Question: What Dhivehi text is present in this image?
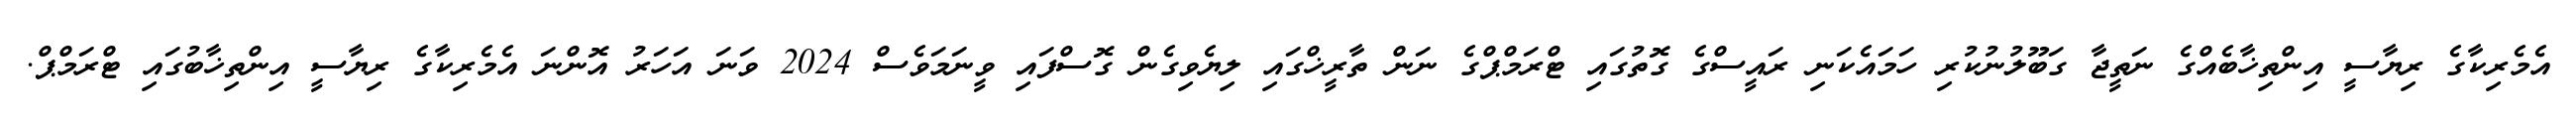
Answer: އެމެރިކާގެ ރިޔާސީ އިންތިޚާބެއްގެ ނަތީޖާ ގަބޫލުނުކުރި ހަމައެކަނި ރައީސްގެ ގޮތުގައި ޓްރަމްޕްގެ ނަން ތާރީޚްގައި ލިޔެވިގެން ގޮސްފައި ވީނަމަވެސް 2024 ވަނަ އަހަރު އޮންނަ އެމެރިކާގެ ރިޔާސީ އިންތިޚާބުގައި ޓްރަމްޕް.